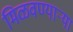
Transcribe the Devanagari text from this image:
मिळवण्याऱ्या